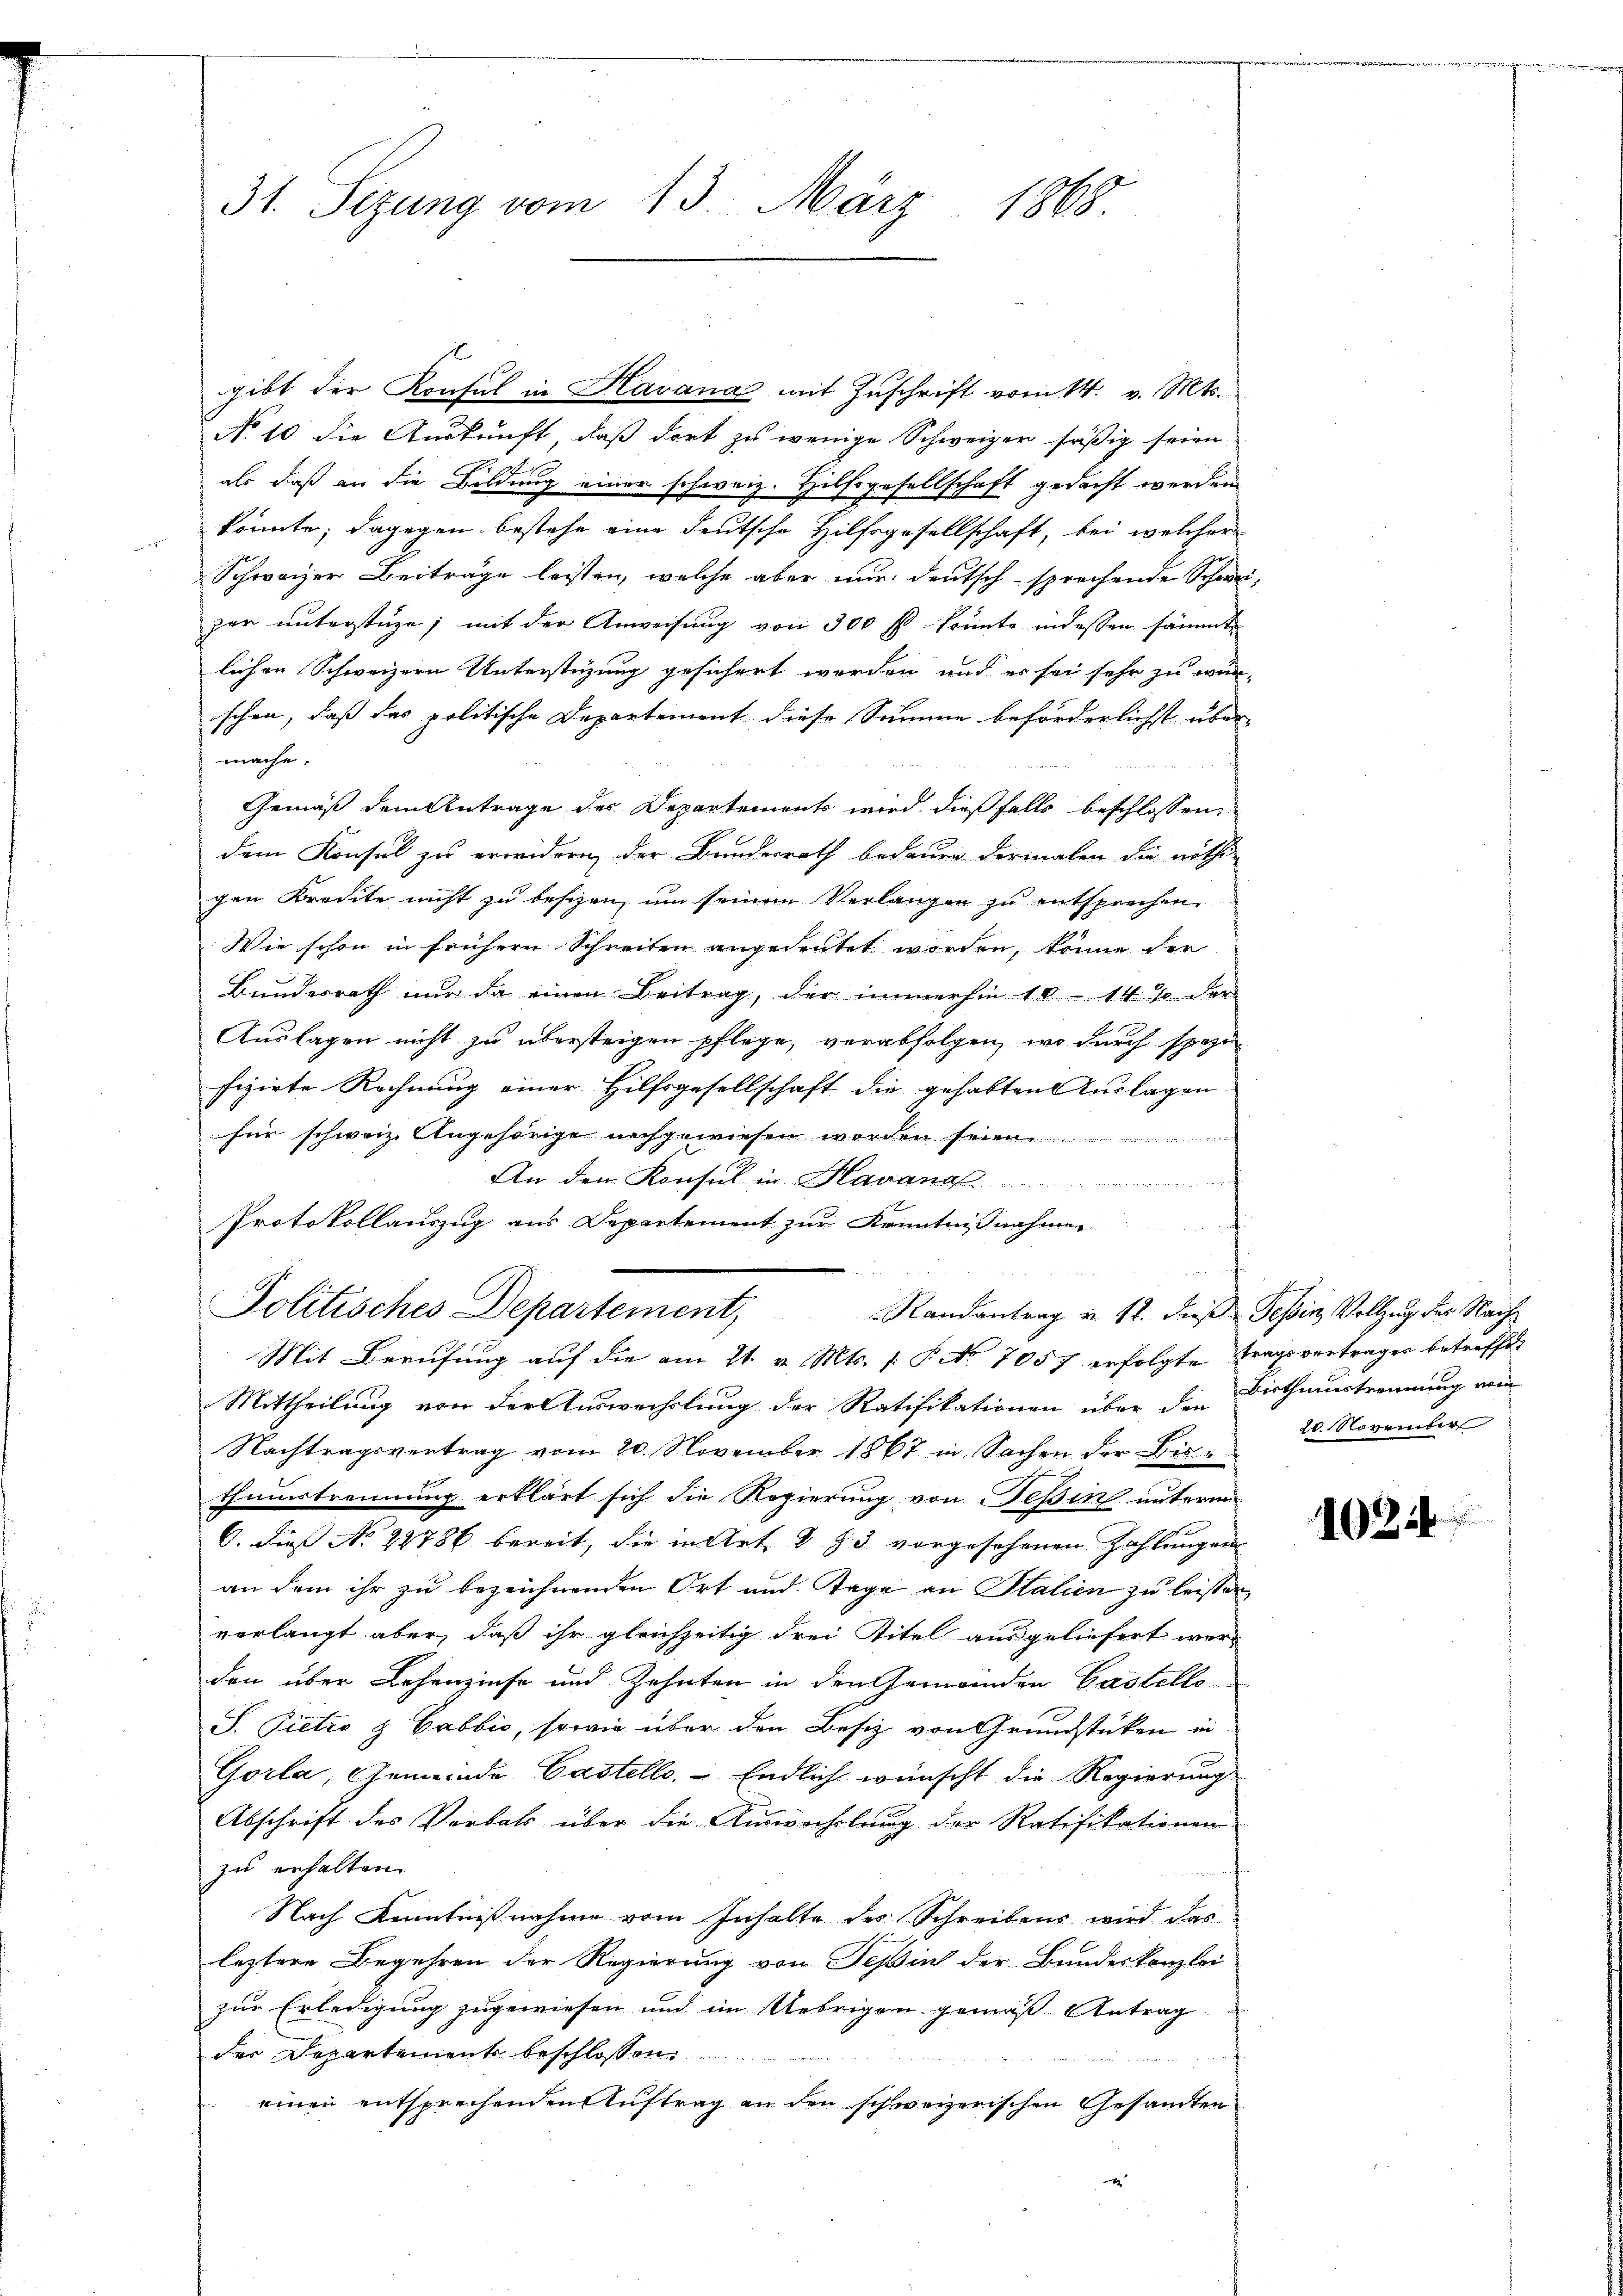
31. Sezung vom 13. März 1868

gibt der Konsul in Havana mit Zuschrift vom 14. v. Mts.
No 10 die Auskunft, daß dort zu wenige Schweizer säßig seien
als daß an die Bildung einer schweiz. Hilfsgesellschaft gedacht werden
konnte; dagegen bestehe eine deutsche Hilfsgesellschaft, bei welcher
Schweizer Beiträge leisten, welche aber nur deutsch sprechende Schwei-
per unterstüze; mit der Anweisung von 300 fl konnte indessen sämmte
lichen Schweizern Unterstüzung gesichert werden und es sei sehr zu wer-
schen, daß das politische Departement diese Summe beförderlichst übermache.
Gemäß dem Antrage des Departements wird dießfalls beschlossen,
dem Konsul zu erwidern, der Bundesrath bedauen dermalen die nöthi-
gen Kredite nicht zu besizen, um seinem Verlangen zu entsprechen.
Wie schon in frühern Schreiben angedeutet worden, könne der
Bundesrath nur da einen Beitrag, der immerhin 10 - 14 % der
Auslagen nicht zu übersteigen pflege, verabfolgen, wo durch spezi
fizirte Rechnung einer Hilfsgesellschaft die gehabten Auslagen
für schweiz. Angehörige nachgewiesen worden
An den Konsul in Havana

Protokollauszug aus Departement zur Kenntnißnahmer

Politisches Departement,
Randantrag v. 12. dieß Tessin, Vollzug des Nach¬
Mit Berufung auf die am 21. v. Mts. (: P. No 7057 erfolgte Tragsvertrages betreffen
Mittheilung von der Auswechslung der Ratifikationen über den Bisthaustrennung vom
Nachtragsvertrag vom 20. November 1867 in Sachen der Bürthumstrennung erklärt sich die Regierung von Teßin unterm
6. dies No 22786 bereit, die in Art § 93 vorgesehenen Zahlungen
an dem ihr zu bezeichnenden Ort und Tage an Stalien zu leisten
vorlangt aber, daß ihr gleichzeitig drei Titel ausgeliefert werden über Lehenzinse und Zehnten in den Gemeinden Castello
S. Pietro & Gabbić, sowie über den Besitz von Grundstücken in
Gorla, Gemeinde Castelle. - Endlich wünscht die Regierung
Abschrift des Verbal über die Auswechslung der Ratifikationen
zu erhalten.
Nach Kenntnißnahme vom Inhalte des Schreibens wird das
leztere Begehren der Regierung von Teßin der Bundeskanzlei
zur Erledigung zugewiesen und im Uebrigen gemäß Antrag
der Departement beschlossen:
einen entsprechenden Auftrag an den schweizerischen Gesamten

20. November

108